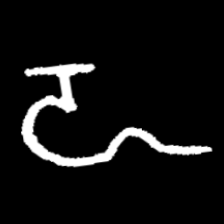
Pyu character \u2014 Myanmar letter: ဍ (romanized: dda)